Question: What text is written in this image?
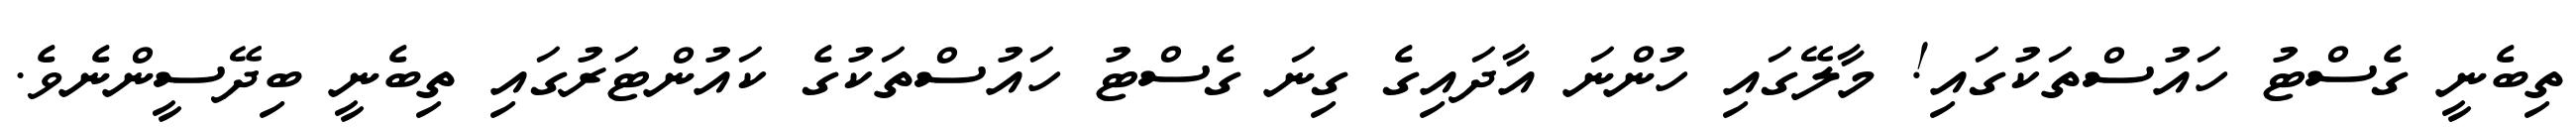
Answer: ތިބެނީ ގެސްޓު ހައުސްތަކުގައި! މާލޭގައި ހުންނަ އާދައިގެ ގިނަ ގެސްޓު ހައުސްތަކުގެ ކައުންޓަރުގައި ތިބެނީ ބިދޭސީންނެވެ.